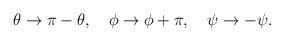
LaTeX: \begin{align*}\theta \to \pi - \theta, \quad \phi \to \phi + \pi, \quad \psi \to-\psi.\end{align*}